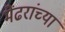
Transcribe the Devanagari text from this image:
मेंढरांच्या